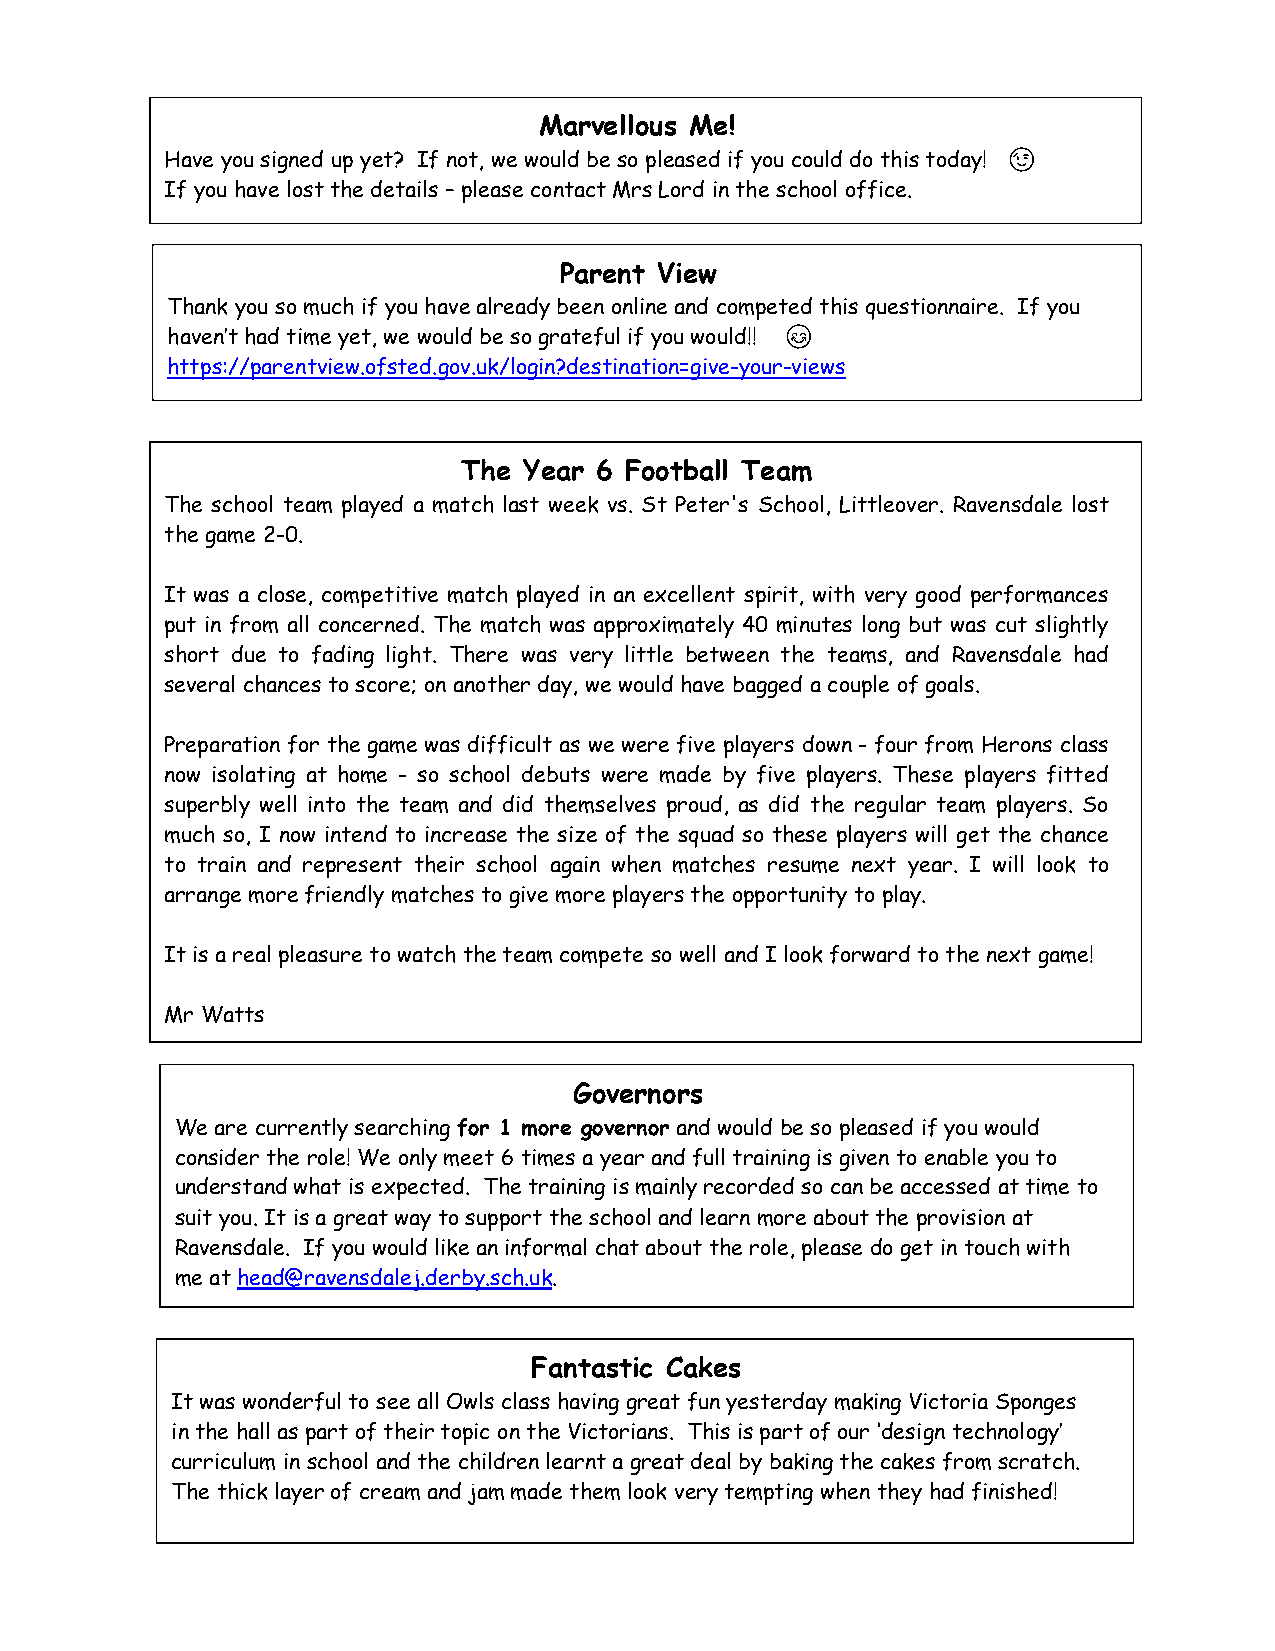
Marvellous Me!
 Have you signed up yet? If not, we would be so pleased if you could do this today! 😉
 If you have lost the details – please contact Mrs Lord in the school office.
 Parent View
 Thank you so much if you have already been online and competed this questionnaire. If you
 haven’t had time yet, we would be so grateful if you would!! 😊
 https://parentview.ofsted.gov.uk/login?destination=give-your-views
 The Year 6 Football Team
 The school team played a match last week vs. St Peter's School, Littleover. Ravensdale lost
 the game 2-0.
 It was a close, competitive match played in an excellent spirit, with very good performances
 put in from all concerned. The match was approximately 40 minutes long but was cut slightly
 short due to fading light. There was very little between the teams, and Ravensdale had
 several chances to score; on another day, we would have bagged a couple of goals.
 Preparation for the game was difficult as we were five players down - four from Herons class
 now isolating at home - so school debuts were made by five players. These players fitted
 superbly well into the team and did themselves proud, as did the regular team players. So
 much so, I now intend to increase the size of the squad so these players will get the chance
 to train and represent their school again when matches resume next year. I will look to
 arrange more friendly matches to give more players the opportunity to play.
 It is a real pleasure to watch the team compete so well and I look forward to the next game!
 Mr Watts
 Governors
 We are currently searching for 1 more governor and would be so pleased if you would
 consider the role! We only meet 6 times a year and full training is given to enable you to
 understand what is expected. The training is mainly recorded so can be accessed at time to
 suit you. It is a great way to support the school and learn more about the provision at
 Ravensdale. If you would like an informal chat about the role, please do get in touch with
 me at head@ravensdalej.derby.sch.uk.
 Fantastic Cakes
 It was wonderful to see all Owls class having great fun yesterday making Victoria Sponges
 in the hall as part of their topic on the Victorians. This is part of our ‘design technology’
 curriculum in school and the children learnt a great deal by baking the cakes from scratch.
 The thick layer of cream and jam made them look very tempting when they had finished!